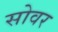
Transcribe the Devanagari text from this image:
सोवर